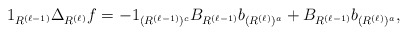
\begin{align*}1_{R^{(\ell-1)}} \Delta_{R^{(\ell)}} f = - 1_{(R^{(\ell-1)})^c} B_{R^{(\ell-1)}} b_{(R^{(\ell)})^a} + B_{R^{(\ell-1)}}b_{(R^{(\ell)})^a},\end{align*}